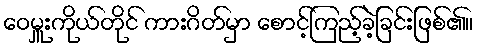
ဝေမှူးကိုယ်တိုင် ကားဂိတ်မှာ စောင့်ကြည့်ခဲ့ခြင်းဖြစ်၏။